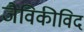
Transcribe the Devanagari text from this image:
जैविकीविद